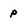
Character: p